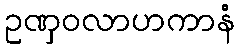
ဥဏှဝလာဟကာနံ